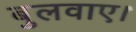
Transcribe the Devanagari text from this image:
बुलवाए।